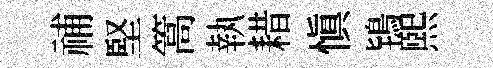
𥙷堅篙執耤慎鴇煕